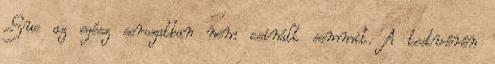
Sue az egész sorozatban nem csinált semmit. A testvérén